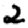
Digit: 2